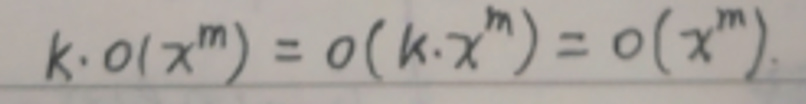
$k \cdot o(x^m) = o(k \cdot x^m) = o(x^m)$